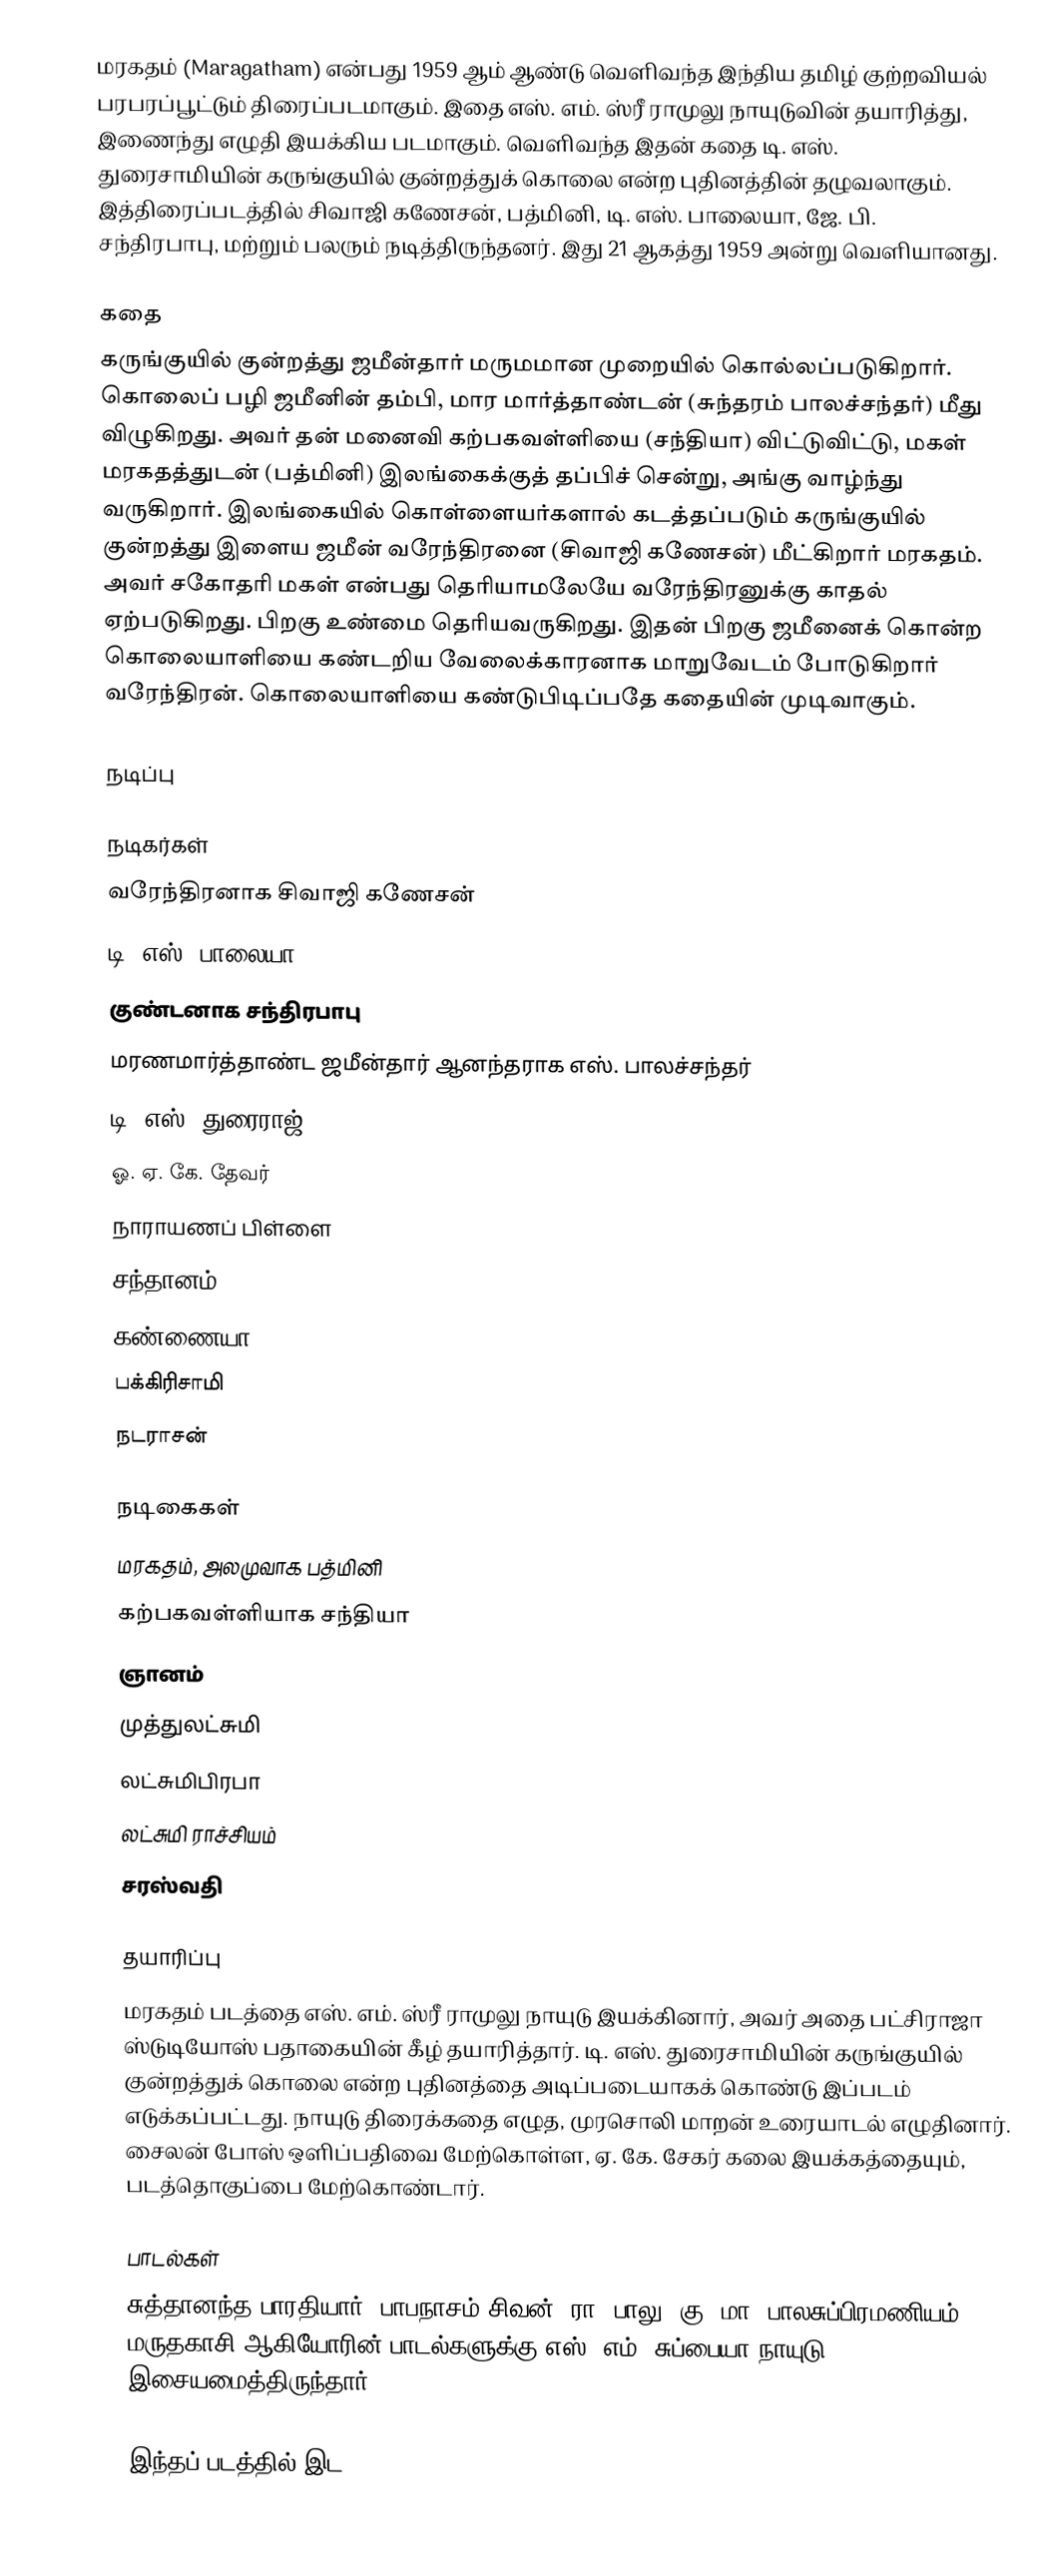
மரகதம் (Maragatham) என்பது 1959 ஆம் ஆண்டு வெளிவந்த இந்திய தமிழ் குற்றவியல் பரபரப்பூட்டும் திரைப்படமாகும். இதை எஸ். எம். ஸ்ரீ ராமுலு நாயுடுவின் தயாரித்து, இணைந்து எழுதி இயக்கிய படமாகும். வெளிவந்த இதன் கதை டி. எஸ். துரைசாமியின் கருங்குயில் குன்றத்துக் கொலை என்ற புதினத்தின் தழுவலாகும்.  இத்திரைப்படத்தில் சிவாஜி கணேசன், பத்மினி, டி. எஸ். பாலையா,  ஜே. பி. சந்திரபாபு, மற்றும் பலரும் நடித்திருந்தனர். இது 21 ஆகத்து 1959 அன்று வெளியானது.

கதை
கருங்குயில் குன்றத்து ஜமீன்தார் மருமமான முறையில் கொல்லப்படுகிறார். கொலைப் பழி ஜமீனின் தம்பி, மார மார்த்தாண்டன் (சுந்தரம் பாலச்சந்தர்) மீது விழுகிறது. அவர் தன் மனைவி கற்பகவள்ளியை (சந்தியா) விட்டுவிட்டு, மகள் மரகதத்துடன் (பத்மினி) இலங்கைக்குத் தப்பிச் சென்று, அங்கு வாழ்ந்து வருகிறார். இலங்கையில் கொள்ளையர்களால் கடத்தப்படும் கருங்குயில் குன்றத்து இளைய ஜமீன் வரேந்திரனை (சிவாஜி கணேசன்) மீட்கிறார் மரகதம். அவர் சகோதரி மகள் என்பது தெரியாமலேயே வரேந்திரனுக்கு காதல் ஏற்படுகிறது. பிறகு உண்மை தெரியவருகிறது. இதன் பிறகு ஜமீனைக் கொன்ற கொலையாளியை கண்டறிய வேலைக்காரனாக மாறுவேடம் போடுகிறார் வரேந்திரன். கொலையாளியை கண்டுபிடிப்பதே கதையின் முடிவாகும்.

நடிப்பு

நடிகர்கள்
 வரேந்திரனாக சிவாஜி கணேசன்
 டி. எஸ். பாலையா
 குண்டனாக சந்திரபாபு
 மரணமார்த்தாண்ட ஜமீன்தார் ஆனந்தராக எஸ். பாலச்சந்தர்
 டி. எஸ். துரைராஜ்
 ஓ. ஏ. கே. தேவர்
 நாராயணப் பிள்ளை
 சந்தானம்
 கண்ணையா
 பக்கிரிசாமி
 நடராசன்

நடிகைகள்
 மரகதம், அலமுவாக பத்மினி
 கற்பகவள்ளியாக சந்தியா
 ஞானம்
 முத்துலட்சுமி
 லட்சுமிபிரபா
 லட்சுமி ராச்சியம்
 சரஸ்வதி

தயாரிப்பு
மரகதம் படத்தை எஸ். எம். ஸ்ரீ ராமுலு நாயுடு இயக்கினார், அவர் அதை பட்சிராஜா ஸ்டுடியோஸ் பதாகையின் கீழ் தயாரித்தார். டி. எஸ். துரைசாமியின் கருங்குயில் குன்றத்துக் கொலை என்ற புதினத்தை அடிப்படையாகக் கொண்டு இப்படம் எடுக்கப்பட்டது. நாயுடு திரைக்கதை எழுத, முரசொலி மாறன் உரையாடல் எழுதினார். சைலன் போஸ் ஒளிப்பதிவை மேற்கொள்ள, ஏ. கே. சேகர் கலை இயக்கத்தையும்,  படத்தொகுப்பை மேற்கொண்டார்.

பாடல்கள்
சுத்தானந்த பாரதியார், பாபநாசம் சிவன், ரா. பாலு, கு. மா. பாலசுப்பிரமணியம், மருதகாசி ஆகியோரின் பாடல்களுக்கு எஸ். எம். சுப்பையா நாயுடு இசையமைத்திருந்தார்.

இந்தப் படத்தில் இட